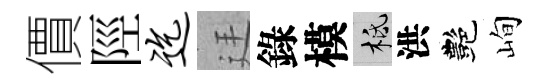
價陘迄廷錄模柢洪艷峋